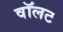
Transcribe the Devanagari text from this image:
वॉलट